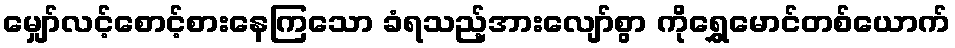
မျှော်လင့်စောင့်စားနေကြသော ခံရသည့်အားလျော်စွာ ကိုရွှေမောင်တစ်ယောက်